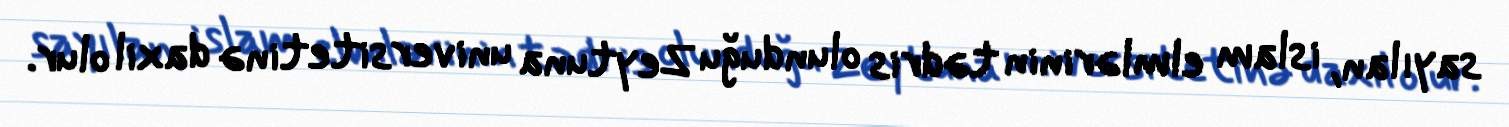
sayılan, islam elmlərinin tədris olunduğu Zeytuna universitetinə daxil olur.